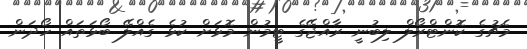
މެޗުގެ ކޮންޓްރޯލް ލިބުނީ ރާއްޖޭގެ ޓީމުން މޮޅަށް ކުޅެ ގެއްލޭ ބޯޅަތައް ހޯދަން